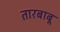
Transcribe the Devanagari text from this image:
तारबाबू